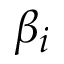
\beta _ { i }